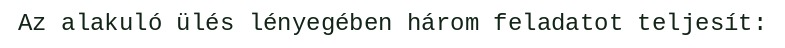
Az alakuló ülés lényegében három feladatot teljesít: